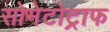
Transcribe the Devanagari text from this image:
सोमेटोट्राफ